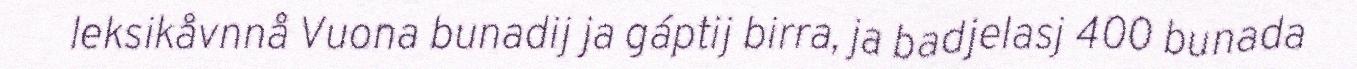
leksikåvnnå Vuona bunadij ja gáptij birra, ja badjelasj 400 bunada